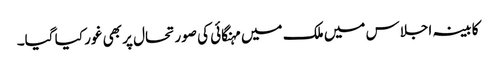
کابینہ اجلاس میں ملک میں مہنگائی کی صورتحال پر بھی غور کیا گیا۔